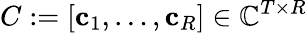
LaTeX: C:=[\mathbf{c}_{1},\dots,\mathbf{c}_{R}]\in\mathbb{C}^{T\times R}